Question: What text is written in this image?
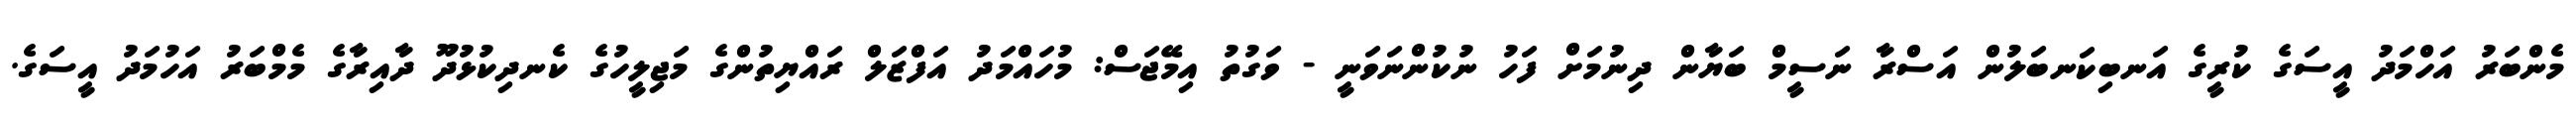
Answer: މެންބަރު އަހްމަދު އީސަގެ ކުރީގެ އަނބިކަނބަލުން އަސްރާ ނަސީމް ބަޔާން ދިނުމަށް ފަހު ނުކުންނަވަނީ - ވަގުތު އިމޭޖަސް: މުހައްމަދު އަފްޒަލް ރައްޔިތުންގެ މަޖިލީހުގެ ކެނދިކުޅުދޫ ދާއިރާގެ މެމްބަރު އަހުމަދު އީސަގެ.